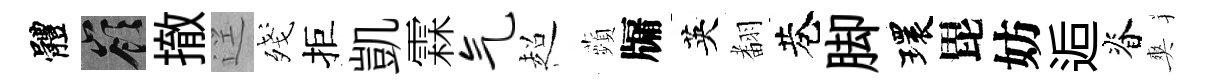
體嶺撤逕殘拒凱霖气超蘋牖英𮋒巷脚環毘妨逅脊爽